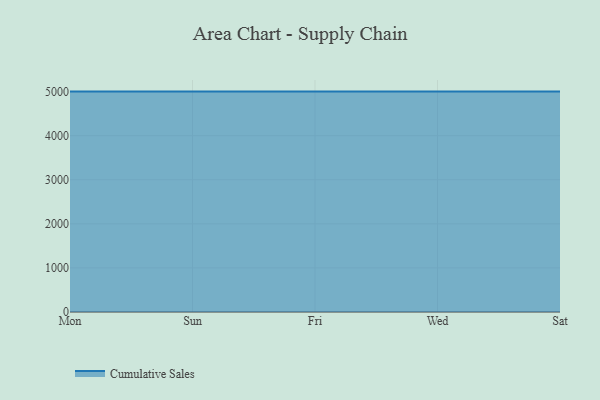
{"axis": {"x": "Day", "y": "Tickets Resolved"}, "legend": ["Cumulative Sales"], "data": [{"x": "Mon", "y": 5000, "type": "Cumulative Sales"}, {"x": "Sun", "y": 5000, "type": "Cumulative Sales"}, {"x": "Fri", "y": 5000, "type": "Cumulative Sales"}, {"x": "Wed", "y": 5000, "type": "Cumulative Sales"}, {"x": "Sat", "y": 5000, "type": "Cumulative Sales"}]}